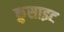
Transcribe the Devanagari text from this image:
क्रुसाइट